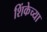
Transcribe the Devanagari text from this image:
शिंकेच्या